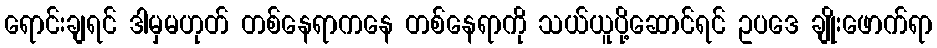
ရောင်းချရင် ဒါမှမဟုတ် တစ်နေရာကနေ တစ်နေရာကို သယ်ယူပို့ဆောင်ရင် ဥပဒေ ချိုးဖောက်ရာ